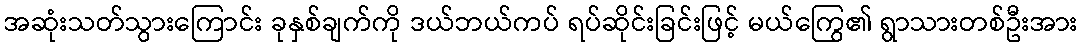
အဆုံးသတ်သွားကြောင်း ခုနှစ်ချက်ကို ဒယ်ဘယ်ကပ် ရပ်ဆိုင်းခြင်းဖြင့် မယ်ကြွေ၏ ရွာသားတစ်ဦးအား